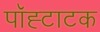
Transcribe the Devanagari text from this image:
पॉह्टाटक